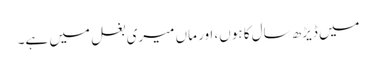
میں ڈیڑھ سال کا ہوں، اور ماں میری بغل میں ہے۔